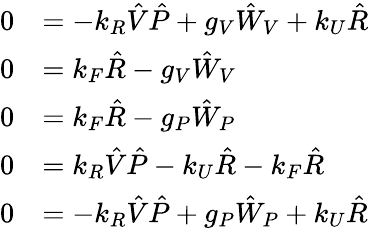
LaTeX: \begin{array}{rl}{0}&{=-k_{R}\hat{V}\hat{P}+g_{V}\hat{W}_{V}+k_{U}\hat{R}}\\ {0}&{=k_{F}\hat{R}-g_{V}\hat{W}_{V}}\\ {0}&{=k_{F}\hat{R}-g_{P}\hat{W}_{P}}\\ {0}&{=k_{R}\hat{V}\hat{P}-k_{U}\hat{R}-k_{F}\hat{R}}\\ {0}&{=-k_{R}\hat{V}\hat{P}+g_{P}\hat{W}_{P}+k_{U}\hat{R}}\end{array}